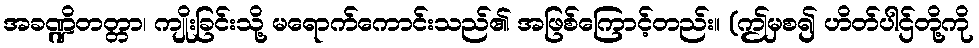
အခဏ္ဍိတတ္တာ၊ ကျိုးခြင်းသို့ မရောက်ကောင်းသည်၏ အဖြစ်ကြောင့်တည်း။ (ဤမှစ၍ ဟိတ်ပါဌ်တို့ကို